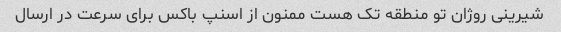
شیرینی روژان تو منطقه تک هست ممنون از اسنپ باکس برای سرعت در ارسال